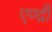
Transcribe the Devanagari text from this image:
एण्द्री